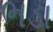
ભડા